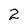
Character: 2